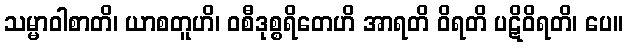
သမ္မာဝါစာတိ၊ ယာစတူဟိ၊ ဝစီဒုစ္စရိတေဟိ အာရတိ ဝိရတိ ပဋိဝိရတိ၊ ပေ။